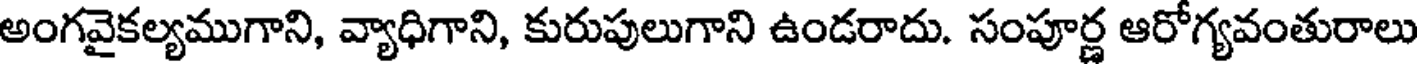
అంగవైకల్యముగాని, వ్యాధిగాని, కురుపులుగాని ఉండరాదు. సంపూర్ణ ఆరోగ్యవంతురాలు